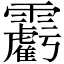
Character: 𩆾